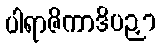
ပါရာဇိကာဒိပဉှာ